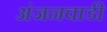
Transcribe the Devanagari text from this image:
अंजनवाडी